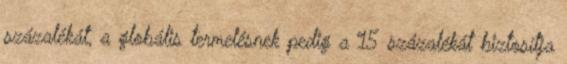
százalékát, a globális termelésnek pedig a 15 százalékát biztosítja